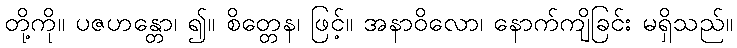
တို့ကို။ ပဇဟန္တော၊ ၍။ စိတ္တေန၊ ဖြင့်။ အနာဝိလော၊ နောက်ကျိခြင်း မရှိသည်။